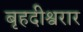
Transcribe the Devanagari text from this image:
बृहदीश्वरार